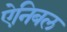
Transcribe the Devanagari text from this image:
ऐनिबल